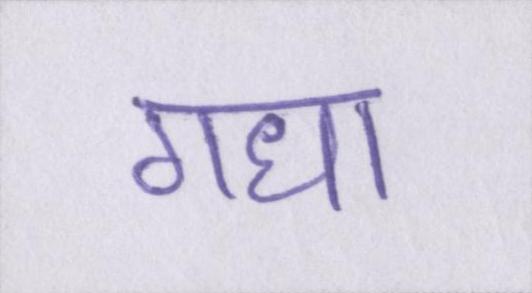
गधा